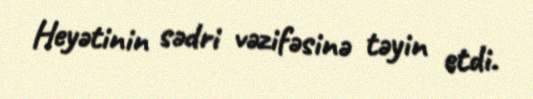
Heyətinin sədri vəzifəsinə təyin etdi.